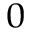
_ 0